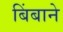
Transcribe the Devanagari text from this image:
बिंबाने